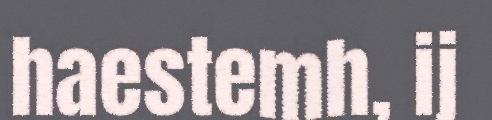
haestemh, ij